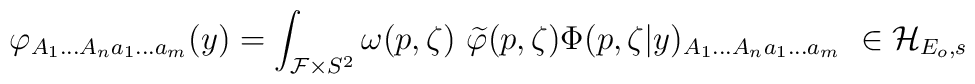
\varphi _{A_1...A_na_1...a_m}(y)=\int_{{\cal F}\times S^2}\omega(p,\zeta )\ \widetilde{\varphi }(p,\zeta )\Phi (p,\zeta|y)_{A_1...A_na_1...a_m}\ \in {\cal H}_{E_o,s}